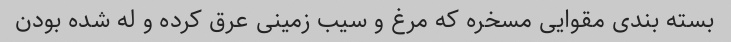
بسته بندی مقوایی مسخره که مرغ و سیب زمینی عرق کرده و له شده بودن